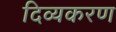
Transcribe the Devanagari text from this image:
दिव्यकरण